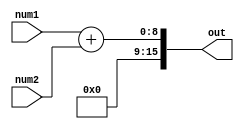
`timescale 1ns / 1ps
//////////////////////////////////////////////////////////////////////////////////
// Company: 
// Engineer: 
// 
// Design Name: 
// Module Name: addition
// Project Name: 
// Target Devices: 
// Tool Versions: 
// Description: 
// 
// Dependencies: 
// 
// Revision:
// Revision 0.01 - File Created
// Additional Comments:
// 
//////////////////////////////////////////////////////////////////////////////////


module addition(
    input [7:0] num1,
    input [7:0] num2,
    output [15:0] out
    );
    //still need to delay the output
    assign out = num1 + num2;
    
endmodule